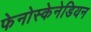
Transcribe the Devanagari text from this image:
फेनोस्केनेडियन